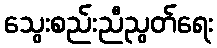
သွေးစည်းညီညွတ်ရေး